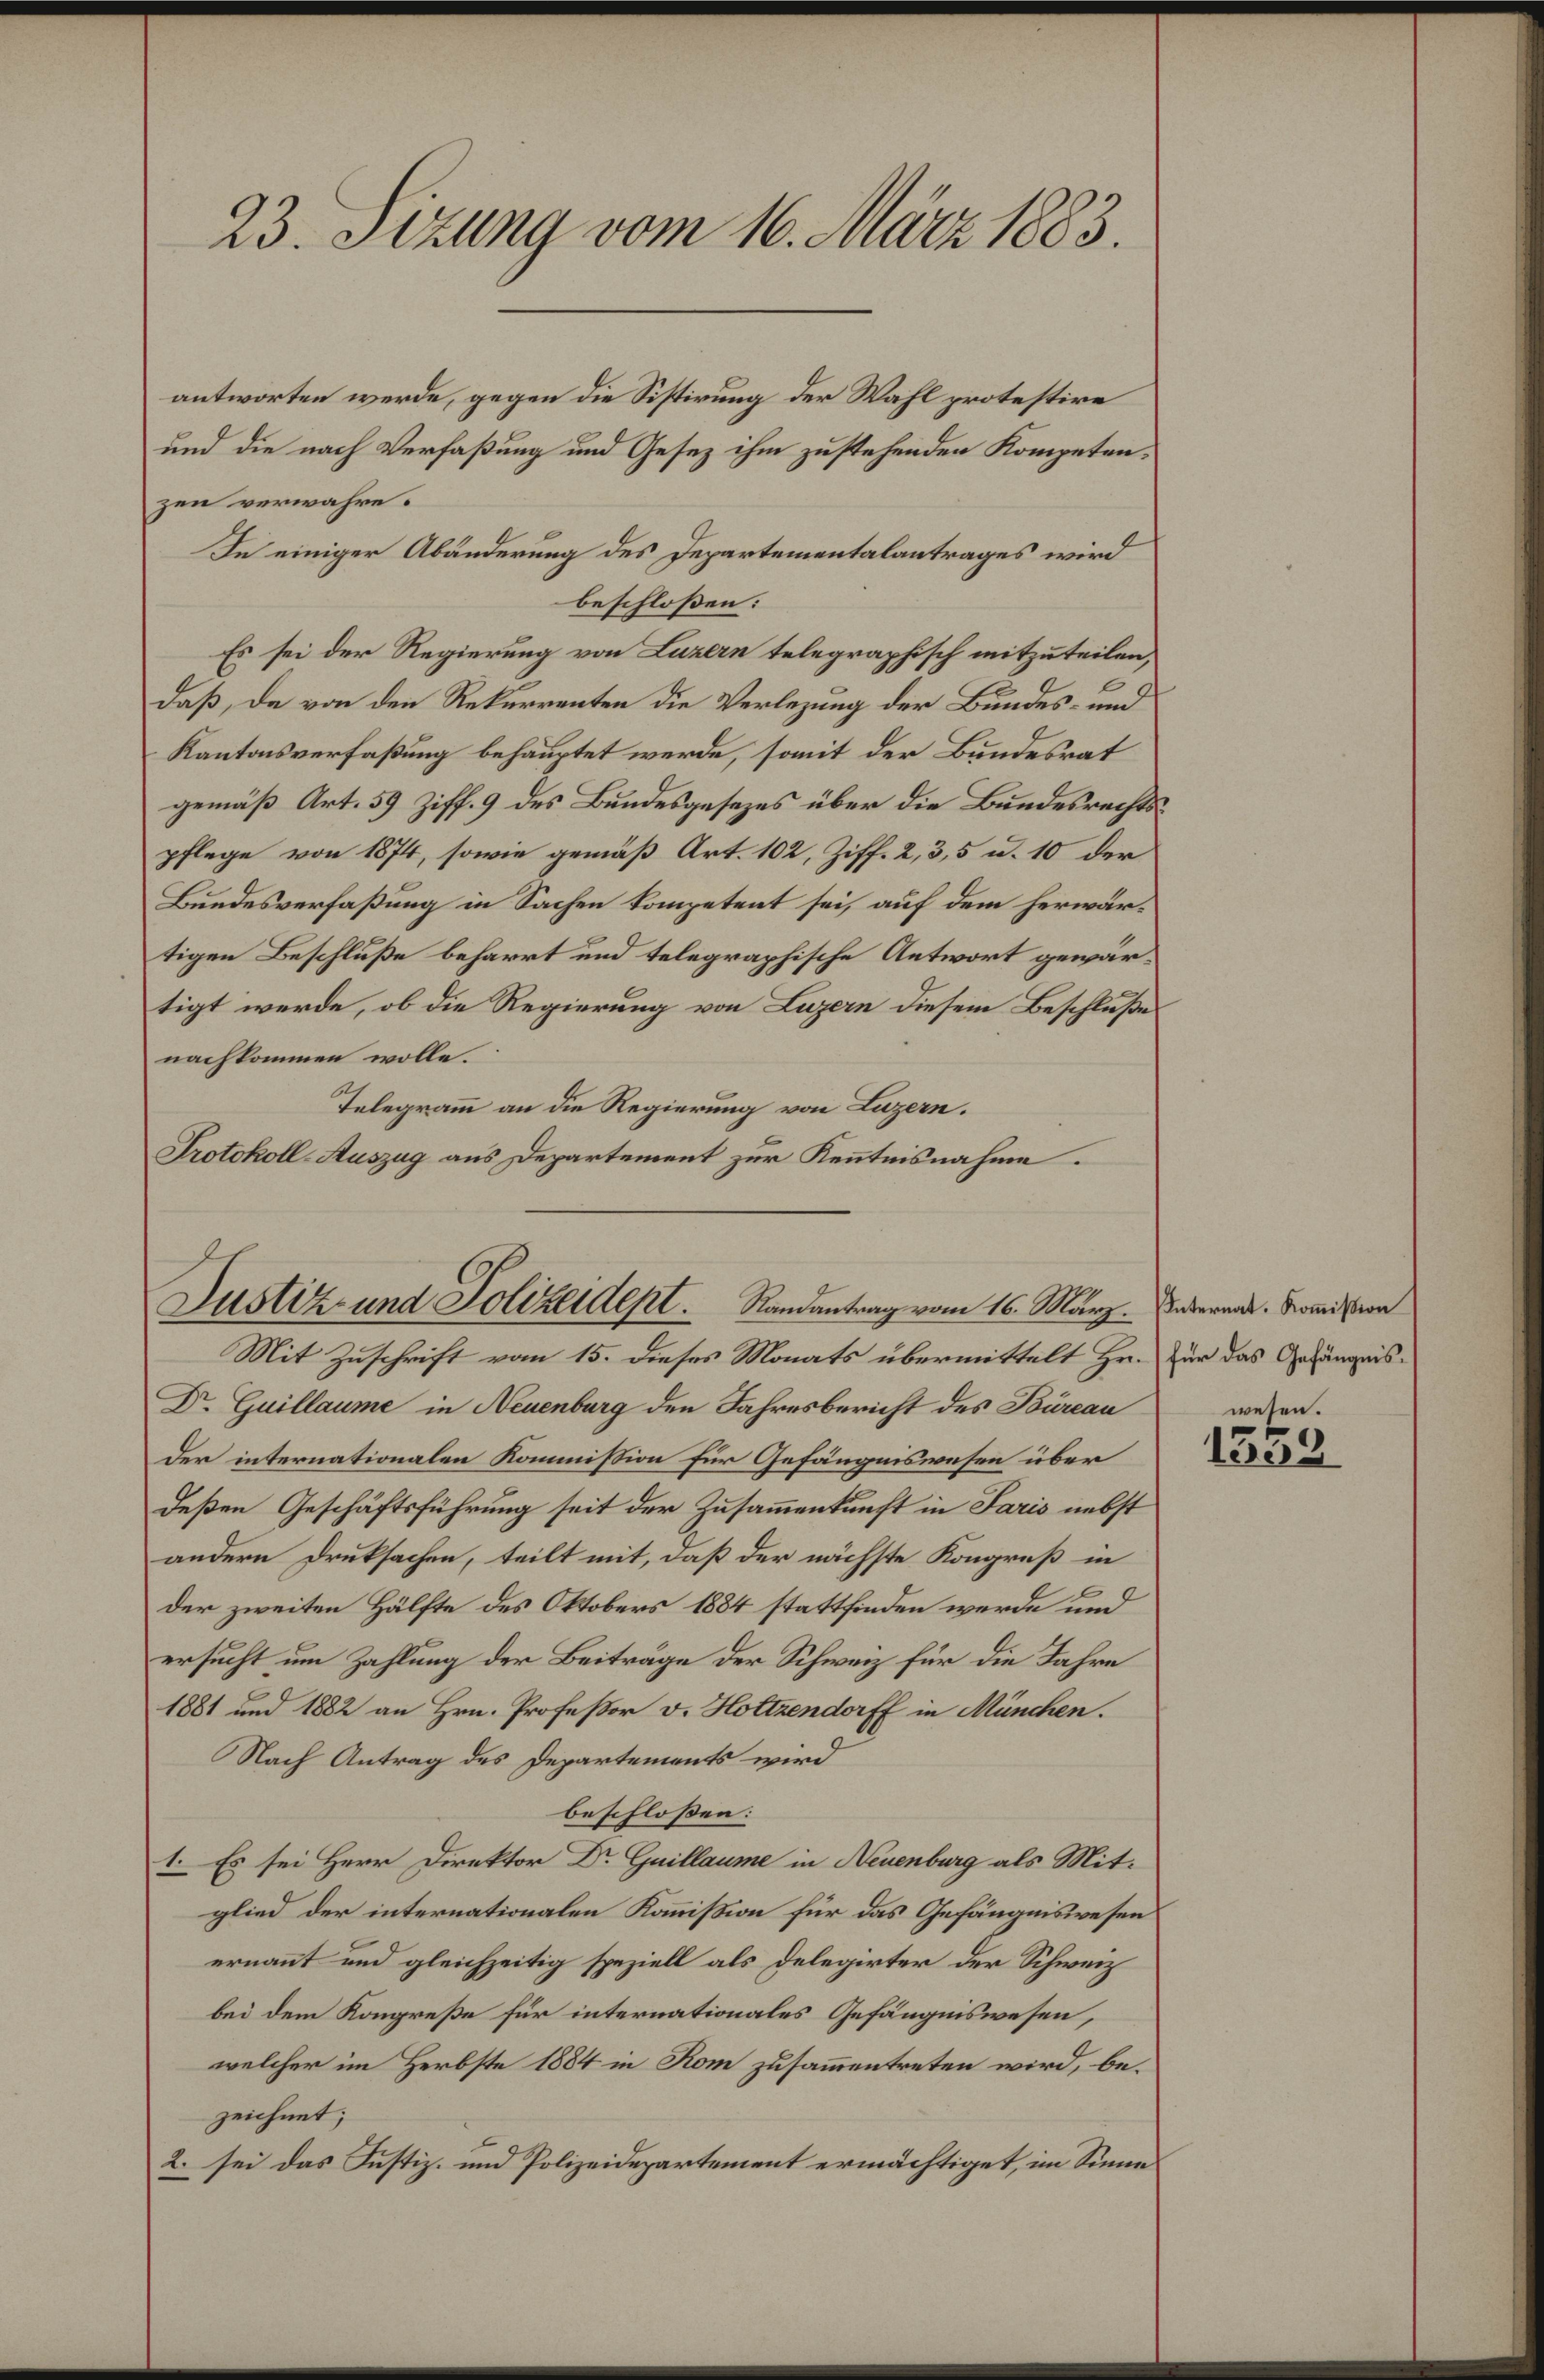
23. Sizung vom 16. März 1883.

antworten werde, gegen die Sistirung der Wahl protestire
und die nach Verfaßung und Gesez ihm zustehenden Kompetenzen verwahre.
In einiger Abänderung des Departementalantrages wird
beschloßen:
Es sei der Regierung von Luzern telegraphisch mitzuteilen,
daß, da von den Rekurrenten die Verlegung der Bundes- und
Kantonsverfaßung behauptet werde, somit der Bundesrat
gemäß Art. 59 Ziff. 9 des Bundesgesezes über die Bundesrechtspflege von 1874, sowie gemäß Art. 102, Ziff. 2, 3, 5 u. 10 der
Bundesverfaßung in Sachen kompetent sei, auf dem herwärtigen Beschluße beharrt und telegraphische Antwort gewärtigt werde, ob die Regierung von Luzern diesem Beschluße
nachkommen wolle.
Telegramm an die Regierung von Luzern.
Protokoll-Auszug aus Departement zur Kenntnisnahme.

Justiz- und Polizeident. Randantrag vom 16. März. Andernat. Kommission

Mit Zuschrift vom 15. dieses Monats übermittelt Hr. Für das Gefängnis¬
Dr. Guillaume in Neuenburg den Jahresbericht des Büreau
Der internationalen Kommission für Gefängniswesen über
deßen Geschäftsführung seit der Zusammenkunft in Paris nebst
andern Druksachen, teilt mit, daß der nächste Kongreß in
der zweiten Hälfte des Oktobers 1884 stattfinden werde und
ersucht um Zahlung der Beiträge der Schweiz für die Jahre
1881 und 1882 an Hrn. Professor v. Holtzendorff in München.
Nach Antrag des Departements wird
beschlossen:
1. Es sei Herr Direktor Dr Guillaume in Neuenburg als Mitglied der internationalen Kommißion für das Gefängniswesen
ernannt und gleichzeitig speziell als Delegirter der Schweiz
bei dem Kongreße für internationales Gefängniswesen,
welcher im Herbste 1884 in Rom zusammentreten wird, bezeichnet;
2. sei das Justiz- und Polizeidepartement ermächtiget, im Sinne

wesen.
1559